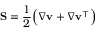
\mathbf { S } = \frac { 1 } { 2 } \Big ( \nabla \mathbf { v } + \nabla \mathbf { v } ^ { \top } \Big )